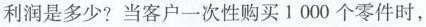
利润是多少? 当客户-次性购买 1 000 个零件时，